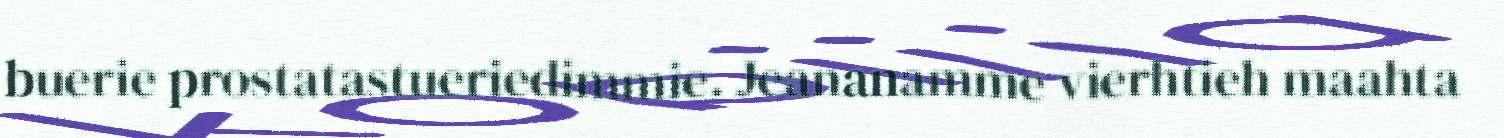
buerie prostatastueriedimmie. Jeananamme vierhtieh maahta